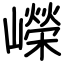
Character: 嶸